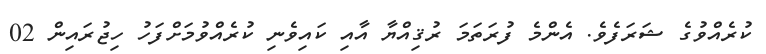
ކުރެއްވުގެ ޝަރަފެވެ. އެންމެ ފުރަތަމަ ރުޤިއްޔާ އާއި ކައިވެނި ކުރެއްވުމަށްފަހު ހިޖުރައިން 02